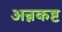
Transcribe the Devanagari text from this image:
अन्नकष्ट